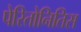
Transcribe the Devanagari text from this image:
पेरितोनितिस